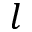
l